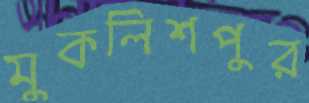
মুকলিশপুর